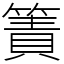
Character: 簀